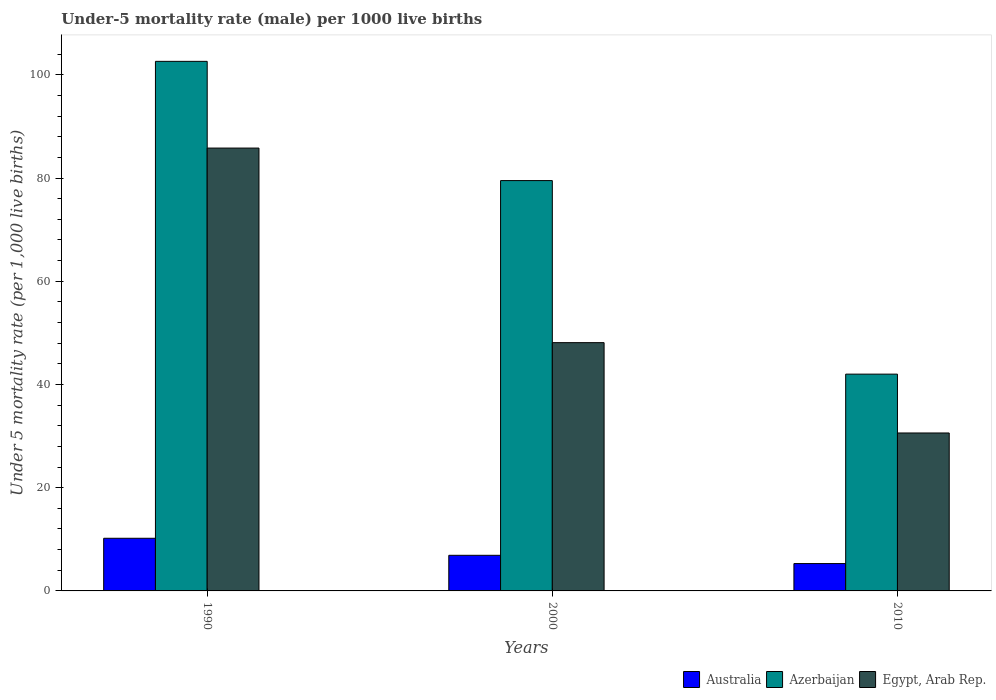
| Years | Australia | Azerbaijan | Egypt, Arab Rep. |
 | --- | --- | --- | --- |
 | 1990 | 10.2 | 103 | 85.8 |
 | 2000 | 6.9 | 79.5 | 48.1 |
 | 2010 | 5.3 | 42 | 30.6 |